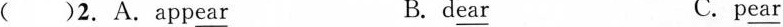
( )2.A.App \underline{ear} B. d \underline{ear} C.p \underline{ear}